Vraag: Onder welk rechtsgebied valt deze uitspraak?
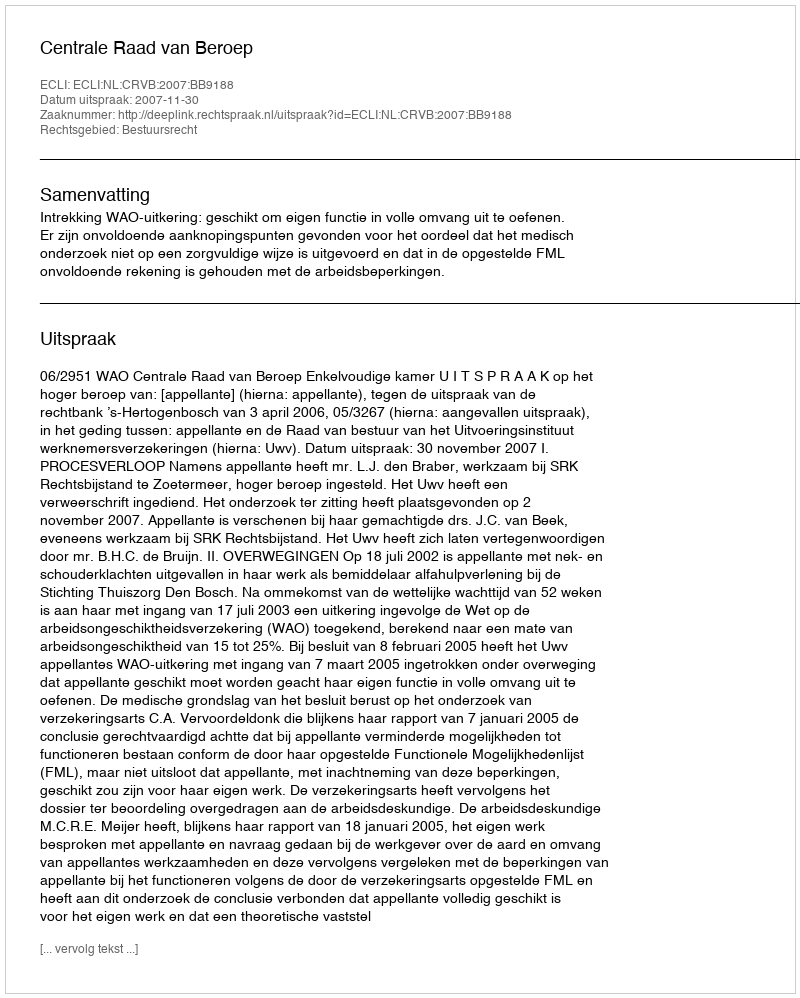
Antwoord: Bestuursrecht